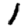
Digit: 1